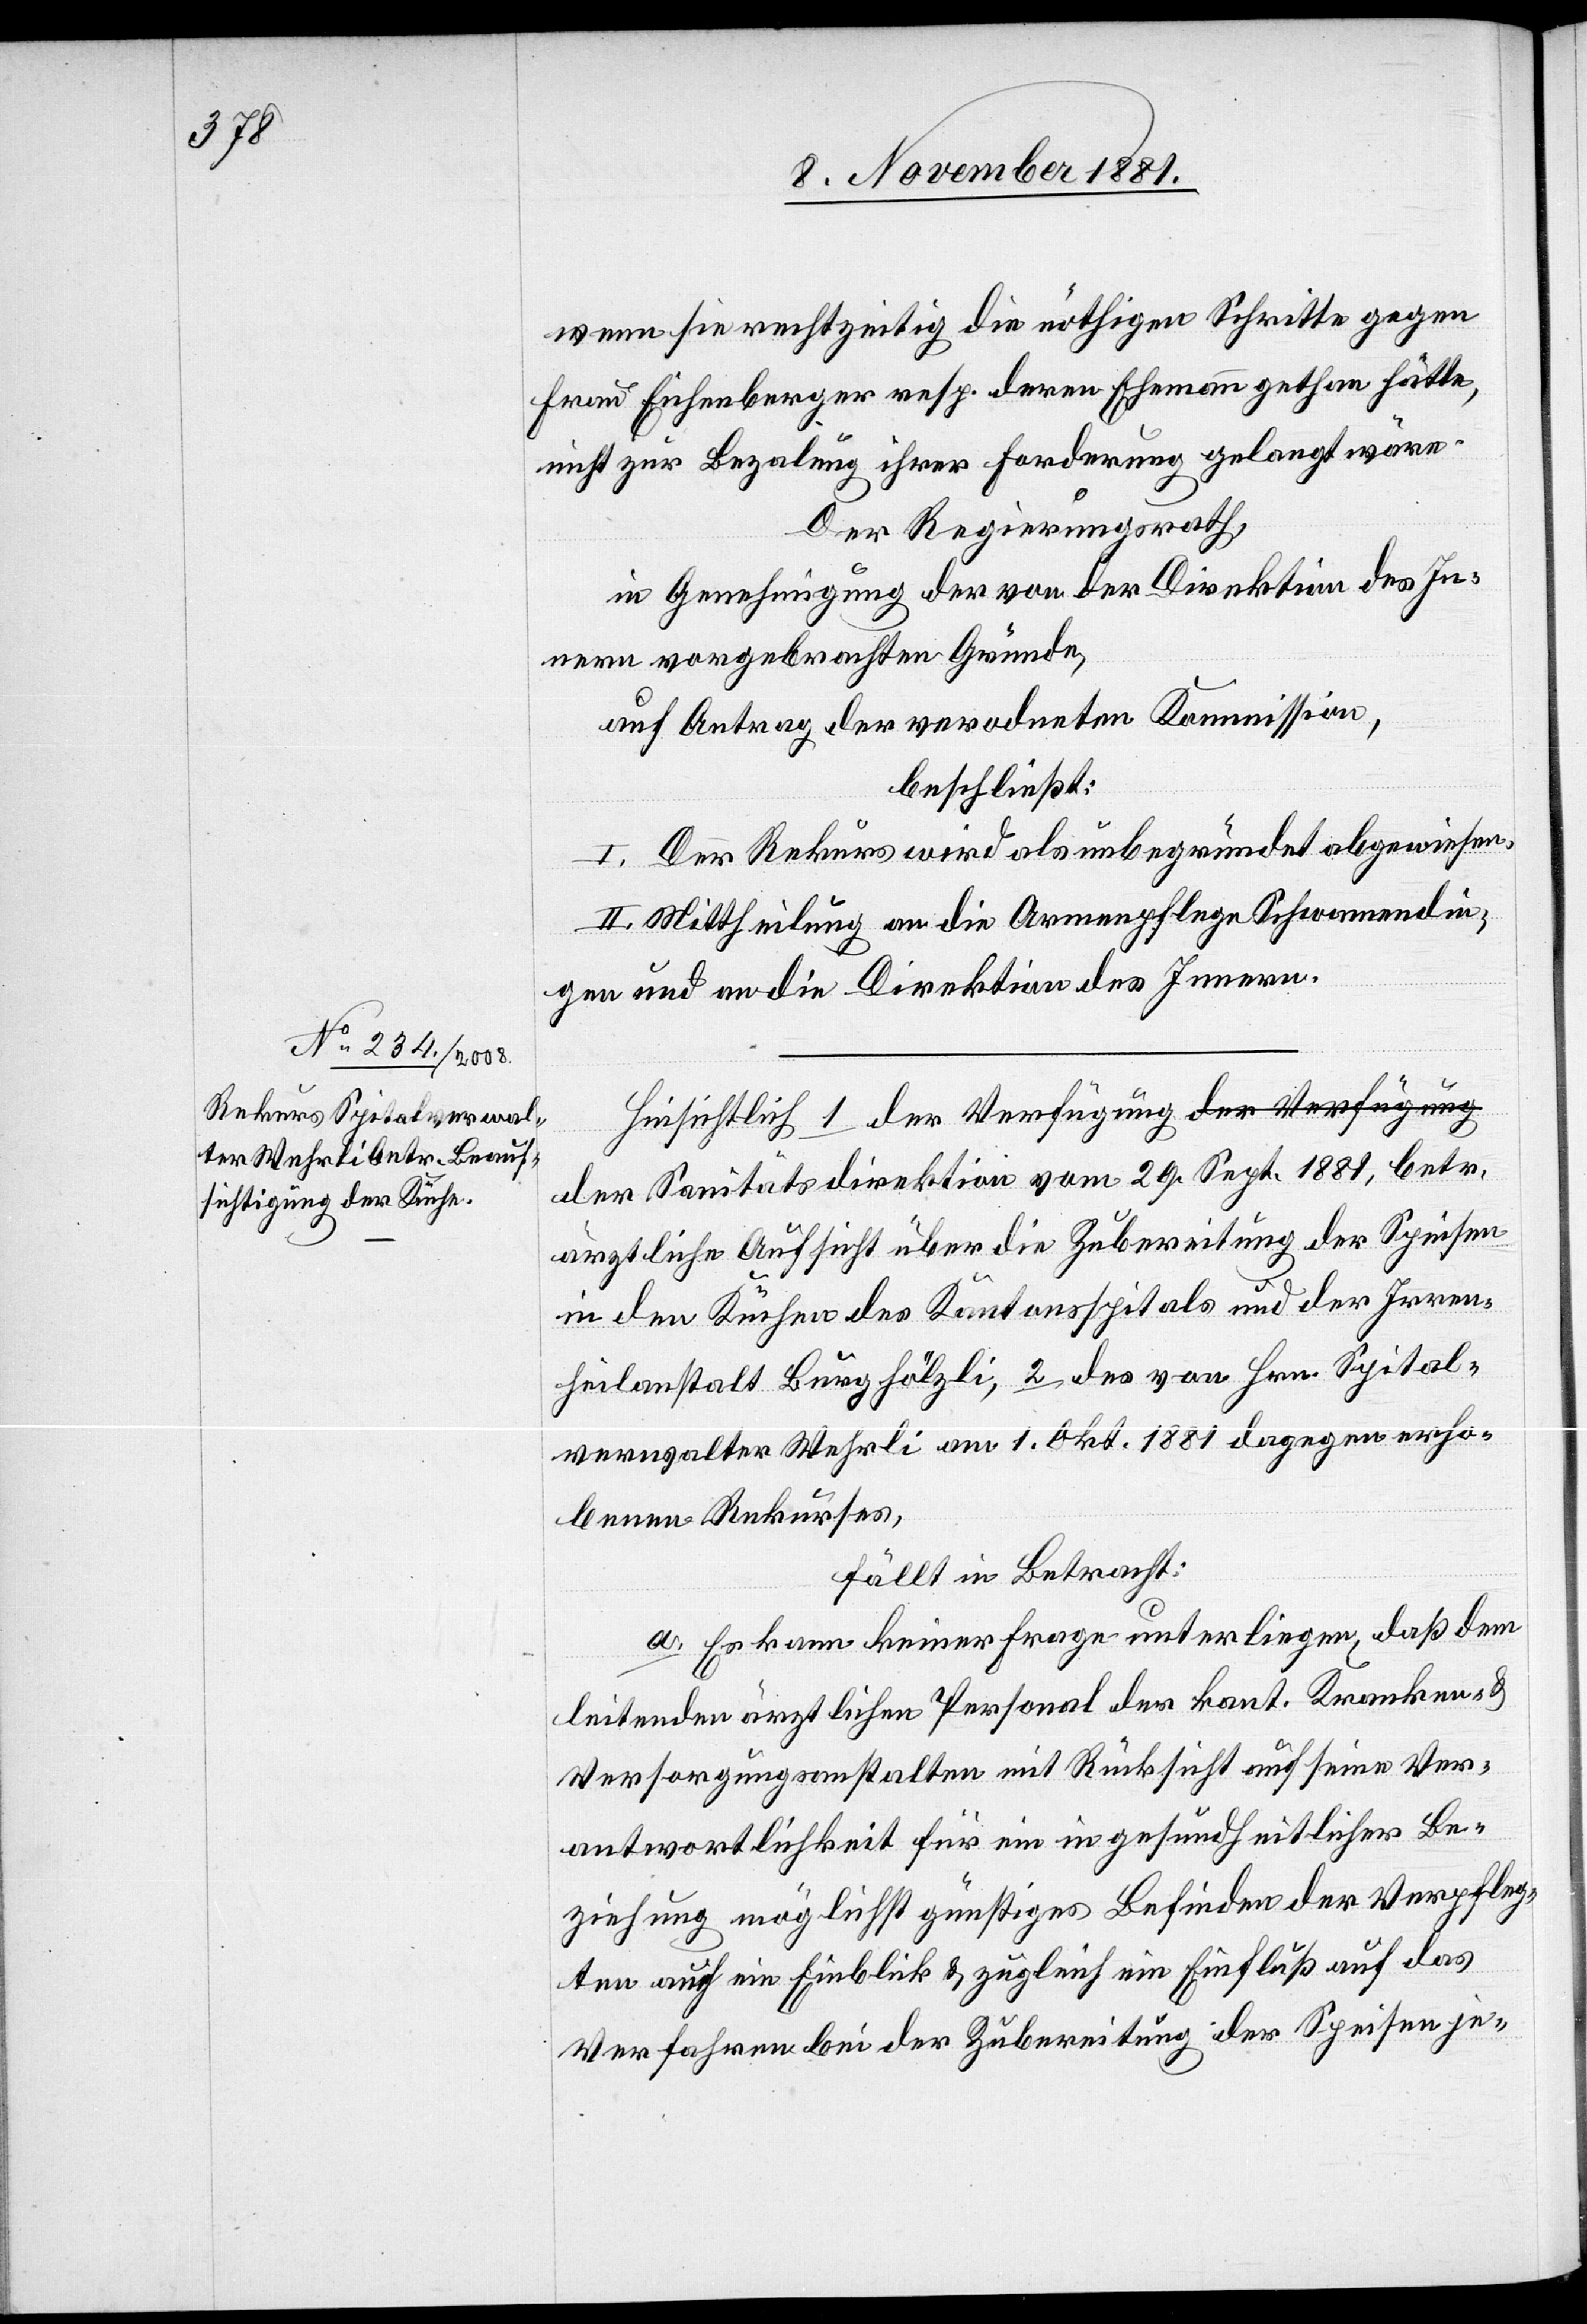
wenn sie rechtzeitig die nöthigen Schritte gegen
Frau Eichenberger resp. deren Ehemann gethan hätte,
nicht zur Bezalung ihrer Forderung gelangt wäre.
Der Regierungsrath,
in Genehmigung der von der Direktion des In¬
nern vorgebrachten Gründe,
auf Antrag der verordneten Kommission,
beschließt:
I. Der Rekurs wird als unbegründet abgewiesen.
II. Mittheilung an die Armenpflege Schwammendin¬
gen und an die Direktion des Innern.
Hinsichtlich 1 der Verfügung der Sanitätsdirektion
ärztliche Aufsicht über die Zubereitung der Speisen
in den Küchen des Kantonsspitals und der Irren¬
heilanstalt Burghölzli, 2 des von Hrn. Spital¬
verwalter Wehrli am 1. Okt. 1881 dagegen erho¬
benen Rekurses,
fällt in Betracht:
a. Es kann keiner Frage unterliegen, daß dem
leitenden ärztlichen Personal der kant. Kranken- &
Versorgungsanstalten mit Rücksicht auf seine Ver¬
antwortlichkeit für ein in gesundheitlicher Be¬
ziehung möglichst günstiges Befinden der Verpfleg¬
ten auf ein Einblick & zugleich ein Einfluß auf das
Verfahren bei der Zubereitung der Speisen je-